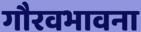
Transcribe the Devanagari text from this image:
गौरवभावना